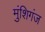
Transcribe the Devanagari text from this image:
मुंशिगंज